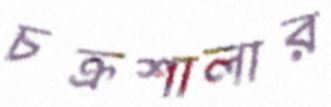
চক্রশালার